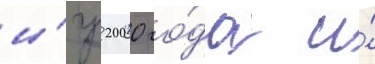
и́гр 2000 го́да и́